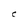
Character: C